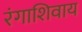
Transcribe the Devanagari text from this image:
रंगाशिवाय